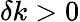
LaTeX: \delta k>0